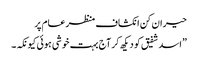
حیران کن انکشاف منظرعام پر
”اسد شفیق کو دیکھ کر آج بہت خوشی ہوئی کیونکہ۔